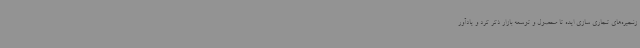
زنجیره‌های تجاری سازی ایده تا محصول و توسعه بازار ذکر کرد و یادآور